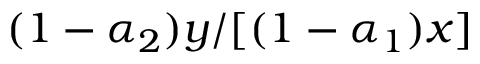
( 1 - \alpha _ { 2 } ) y / [ ( 1 - \alpha _ { 1 } ) x ]